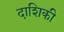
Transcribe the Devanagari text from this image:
दाशिकी